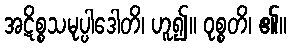
အဋိစ္စသမုပ္ပါဒေါတိ၊ ဟူ၍။ ဝုစ္စတိ၊ ၏။